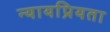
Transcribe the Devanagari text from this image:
न्‍यायप्रियता